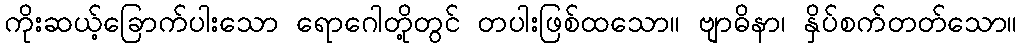
ကိုးဆယ့်ခြောက်ပါးသော ရောဂေါတို့တွင် တပါးဖြစ်ထသော။ ဗျာဓိနာ၊ နှိပ်စက်တတ်သော။